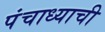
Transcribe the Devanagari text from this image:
पंचाध्याची